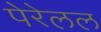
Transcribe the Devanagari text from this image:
पेरेलल